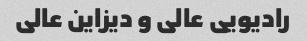
رادیویی عالی و دیزاین عالی